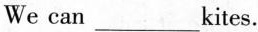
We can ___ kites.